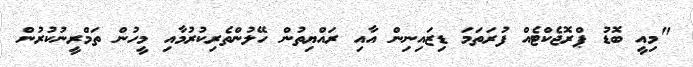
"މިއީ ބޮޑު ޕްރޮޖެކްޓެއް ފުރަތަމަ ޑިޒައިނިން އާއި ރައްޔިތުން ހޭލުންތެރިކުރުމާއި މީހުން ތަމްރީނުކުރުން